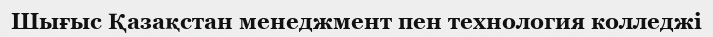
Шығыс Қазақстан менеджмент пен технология колледжі